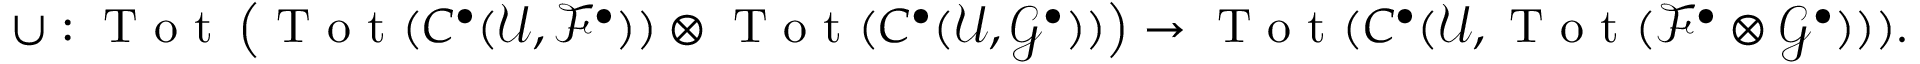
\cup : \textrm { T o t } \left( \textrm { T o t } ( C ^ { \bullet } ( \mathcal { U } , \mathcal { F } ^ { \bullet } ) ) \otimes \textrm { T o t } ( C ^ { \bullet } ( \mathcal { U } , \mathcal { G } ^ { \bullet } ) ) \right) \to \textrm { T o t } ( C ^ { \bullet } ( \mathcal { U } , \textrm { T o t } ( \mathcal { F } ^ { \bullet } \otimes \mathcal { G } ^ { \bullet } ) ) ) .